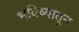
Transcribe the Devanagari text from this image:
भविष्यातून